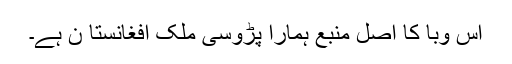
اس وبا کا اصل منبع ہمارا پڑوسی ملک افغانستا ن ہے۔